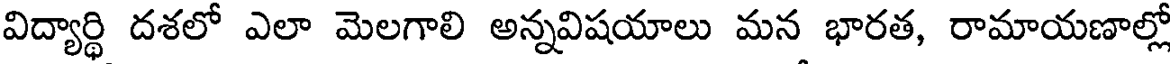
విద్యార్థి దశలో ఎలా మెలగాలి అన్నవిషయాలు మన భారత, రామాయణాల్లో